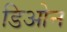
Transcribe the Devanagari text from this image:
डिओन